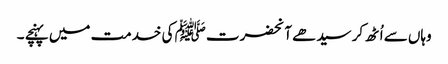
وہاں سے اُٹھ کر سیدھے آنحضرت ﷺ کی خدمت میں پہنچے ۔